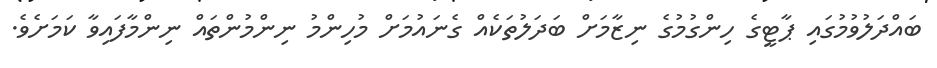
ބައްދަލުވުމުގައި ޕާޓީގެ ހިންގުމުގެ ނިޒާމަށް ބަދަލުތަކެއް ގެނައުމަށް މުހިންމު ނިންމުންތައް ނިންމާފައިވާ ކަމަށެވެ.